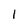
Character: 1